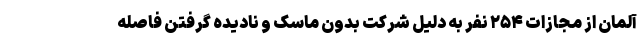
آلمان از مجازات ۲۵۴ نفر به دلیل شرکت بدون ماسک و نادیده گرفتن فاصله